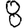
Digit: 8